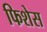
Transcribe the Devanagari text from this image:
फिशेस